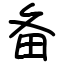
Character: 备